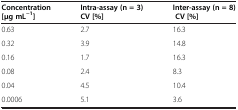
| Concentration[μg mL−1] | Intra-assay (n = 3)CV [%] | Inter-assay (n = 8) CV [%] |
 | --- | --- | --- |
 | 0.63 | 2.7 | 16.3 |
 | 0.32 | 3.9 | 14.8 |
 | 0.16 | 1.7 | 16.3 |
 | 0.08 | 2.4 | 8.3 |
 | 0.04 | 4.5 | 10.4 |
 | 0.0006 | 5.1 | 3.6 |